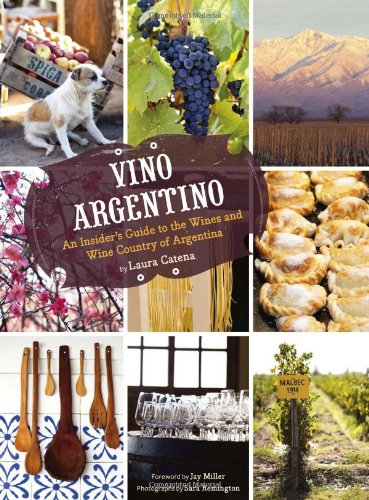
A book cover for Vino Argentino: An Insider's Guide to the Wines and Wine Country of Argentina; Laura Catena; Travel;